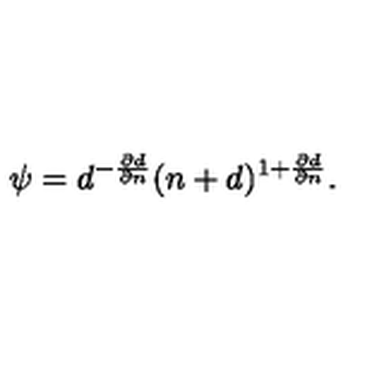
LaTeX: \psi = \displaystyle { d ^ { - \frac { \partial d } { \partial n } } ( n + d ) ^ { 1 + \frac { \partial d } { \partial n } } } .